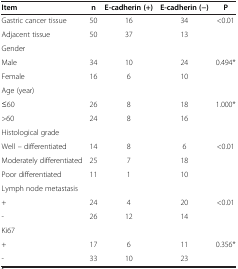
| Item | n | E-cadherin (+) | E-cadherin (-) | P |
 | --- | --- | --- | --- | --- |
 | Gastric cancer tissue | 50 | 16 | 34 | <0.01 |
 | Adjacent tissue | 50 | 37 | 13 |  |
 | Gender |  |  |  |  |
 | Male | 34 | 10 | 24 | 0.494* |
 | Female | 16 | 6 | 10 |  |
 | Age (year) |  |  |  |  |
 | ≤60 | 26 | 8 | 18 | 1.000* |
 | >60 | 24 | 8 | 16 |  |
 | Histological grade |  |  |  |  |
 | Well – differentiated | 14 | 8 | 6 | <0.01 |
 | Moderately differentiated | 25 | 7 | 18 |  |
 | Poor differentiated | 11 | 1 | 10 |  |
 | Lymph node metastasis |  |  |  |  |
 | + | 24 | 4 | 20 | <0.01 |
 | - | 26 | 12 | 14 |  |
 | Ki67 |  |  |  |  |
 | + | 17 | 6 | 11 | 0.356* |
 | - | 33 | 10 | 23 |  |